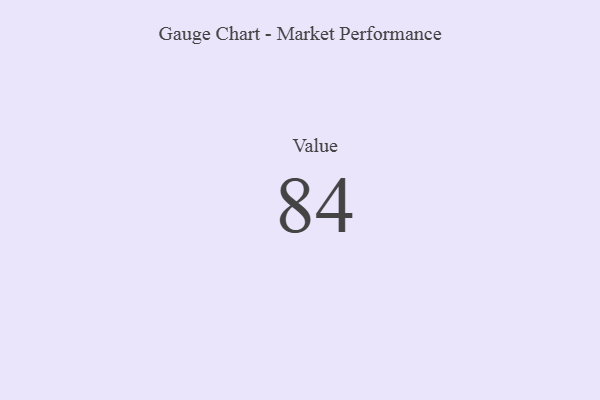
{"axis": {"x": "Metric", "y": "Value"}, "legend": [""], "data": [{"x": "Value", "y": 84, "type": ""}]}